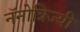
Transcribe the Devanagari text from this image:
नॅनोत्रिज्यी